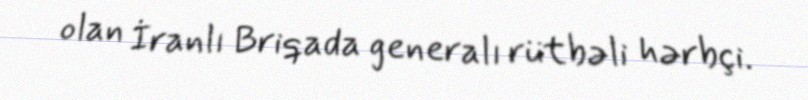
olan İranlı Briqada generalı rütbəli hərbçi.